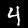
Label: 4